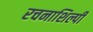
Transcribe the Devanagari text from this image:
रचनाशिल्पी